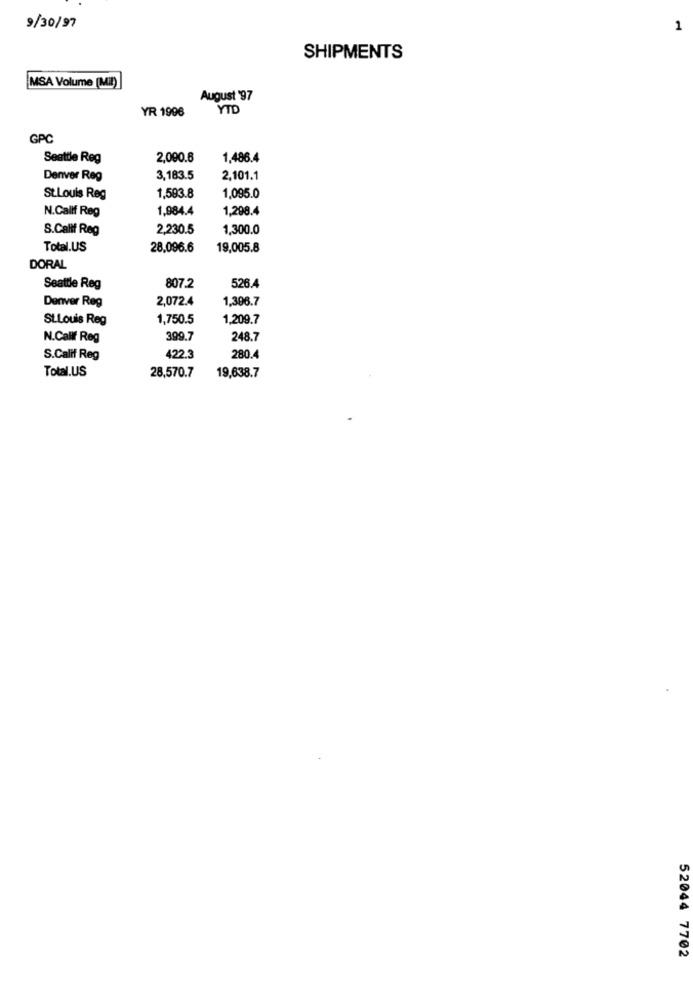
9/30/97
1
SHIPMENTS
MSA Volume (Mil)
August '97
YR 1996
YTD
GPC
Seattle Reg
2,090.6
1,486.4
Denver Reg
3,183.5
2,101.1
St.Louis Reg
1,593.8
1,095.0
N.Callf Reg
1,984.4
1,298.4
S.Calif Reg
2,230.5
1,300.0
Total.US
28,096.6
19,005.8
DORAL
Seattle Reg
807.2
526.4
2,072.4
1,396.7
Denver Reg
St.Louis Reg
1,750.5
1,209.7
N.Callf Reg
399.7
248.7
S.Calif Reg
422.3
280.4
28,570.7
Total.US
19,638.7
52044 7702